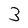
Character: 3